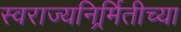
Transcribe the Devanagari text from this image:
स्वराज्यनिर्र्मितीच्या